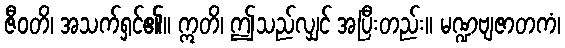
ဇီဝတိ၊ အသက်ရှင်၏။ ဣတိ၊ ဤသည်လျှင် အပြီးတည်း။ မဏ္ဍဗျဇာတကံ၊